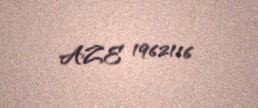
AZE 1962116